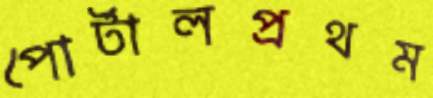
পোর্টালপ্রথম